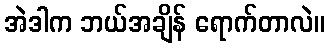
အဲဒါက ဘယ်အချိန် ရောက်တာလဲ။